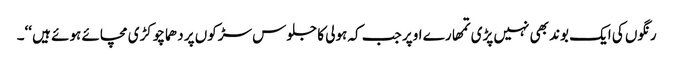
رنگوں کی ایک بوند بھی نہیں پڑی تمھارے اوپر جب کہ ہولی کا جلوس سڑکوں پر دھماچوکڑی مچائے ہوئے ہیں ‘‘۔